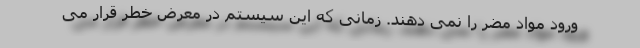
ورود مواد مضر را نمی دهند. زمانی که این سیستم در معرض خطر قرار می